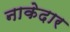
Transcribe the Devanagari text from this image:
नाकेदार